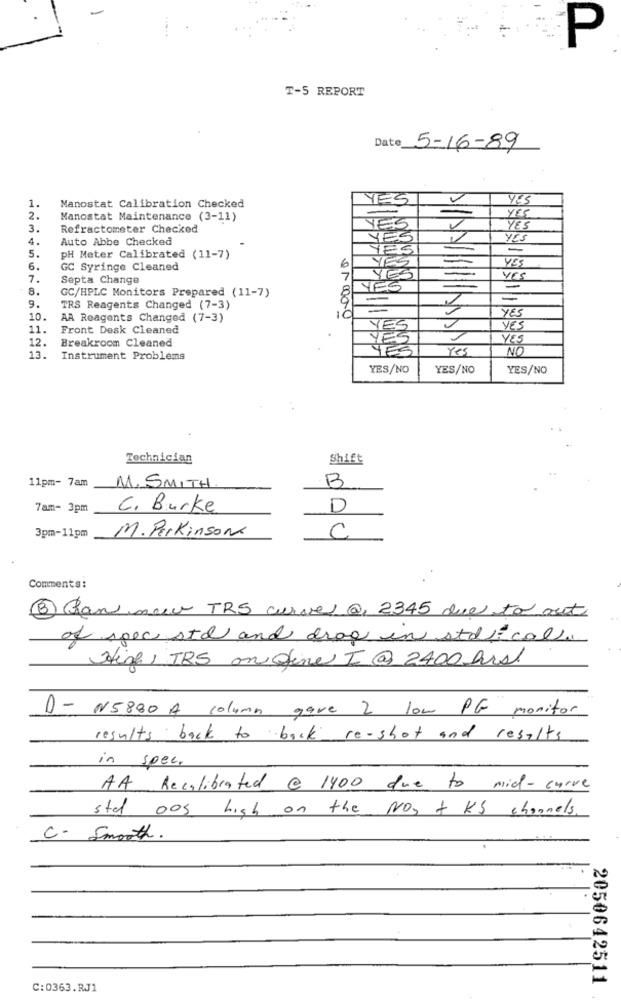
P
T-5 REPORT
Date_
5-16-89
1.
YES
YES
Manostat Calibration Checked
2.
Manostat Maintenance (3-11)
YES
3.
Refractometer Checked
YES
YES
4.
Auto Abbe Checked
YES
5.
PH Meter Calibrated (11-7)
6
YES
6.
GC Syringe Cleaned
YES
YES
7.
Septa Change
7
Yes
YES
8.
GC/HPLC Monitors Prepared (11-7)
YES
9.
TRS Reagents Changed (7-3)
10
10.
AA Reagents Changed (7-3)
YES
11.
Front Desk Cleaned
YES
12.
Breakroom Cleaned
YES
Yes
NO
13.
Instrument Problems
YES/NO
YES/NO
YES/NO
Technician
Shift
11pm- 7am
B
M. SMITH
7am- 3pm
C. Burke
D
M. Perkinson
3pm-11pm
C
Comments:
3 San nuw TRS curve @ 2345 due to out
of spec std and drag in staffcall.
High, TBS on ofine I @ 2400 hrst
D- N5880 A column gave 2 low PG monitor
results back to back re-shot and results
in spec.
AA Recalibrated @ 1400 due to mid-curve
ste Dos high on the NO3 + KS channels
C- Smooth.
2050642511
C:0363.RJ1